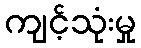
ကျင့်သုံးမှု